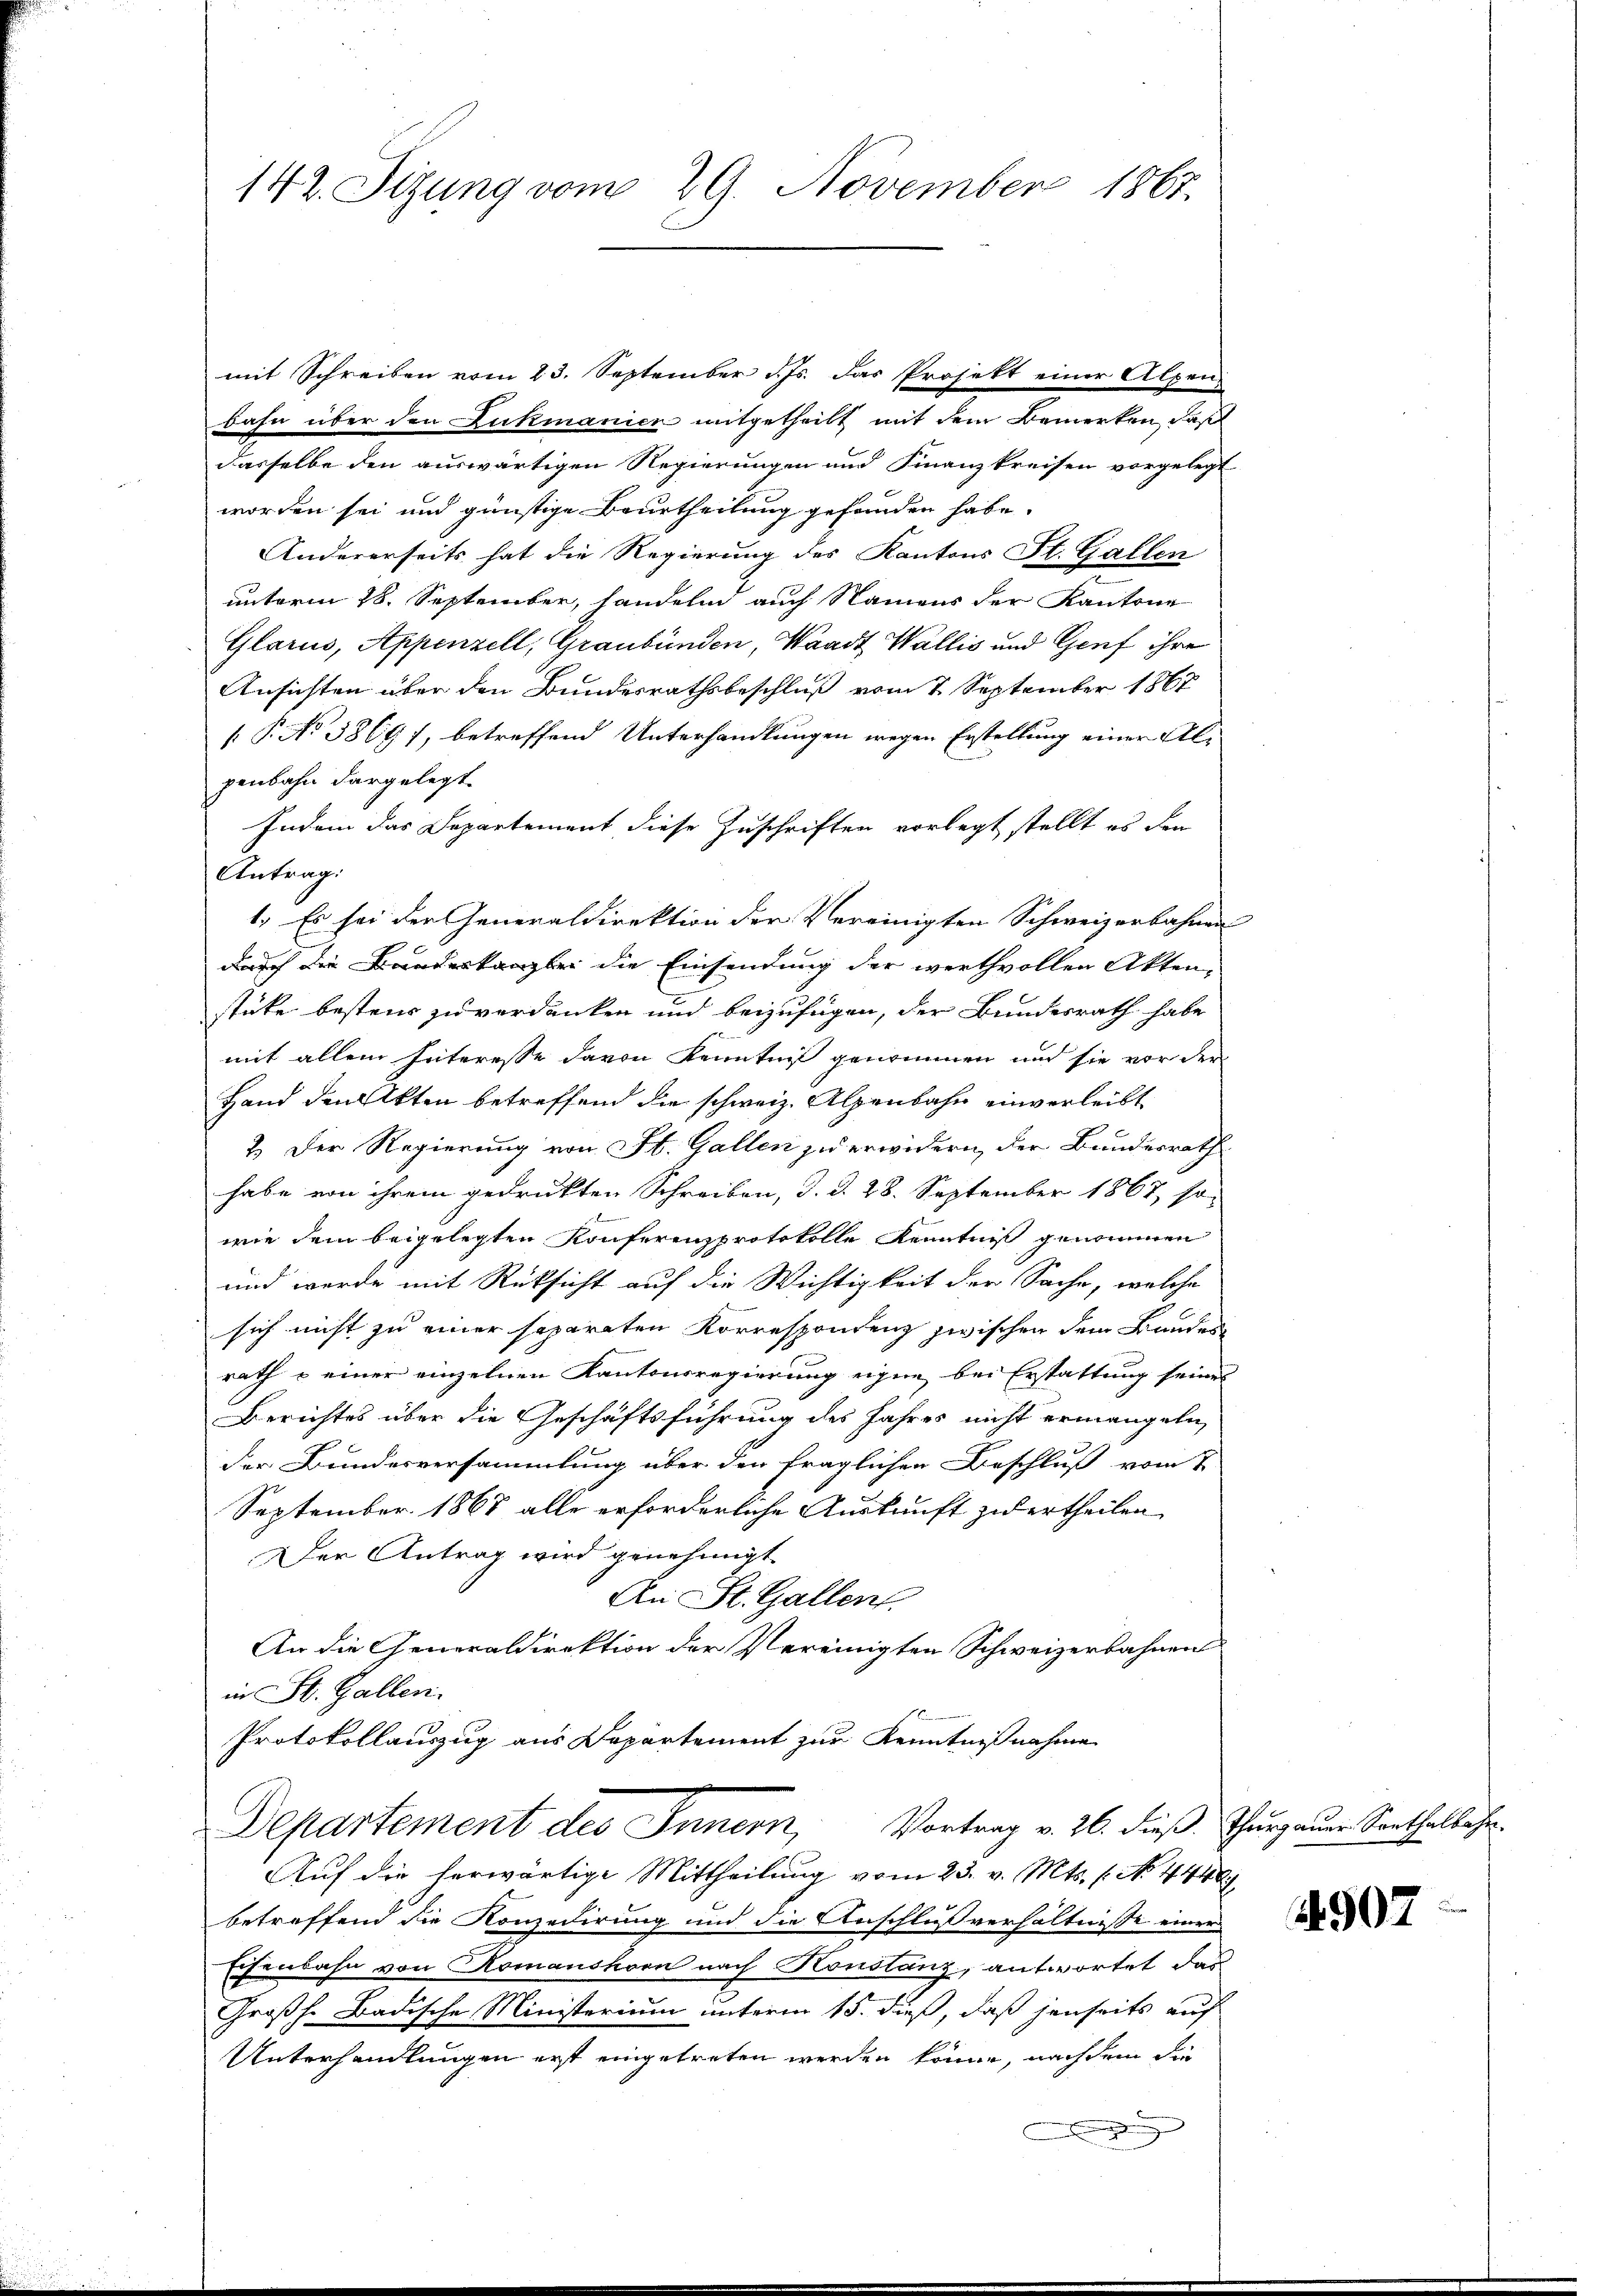
142. Sitzung vom 29. November 1867.

mit Schreiben vom 23. September d. Js. das Projekt einer Alpen-
bahn über den Zukmanien mitgetheilt mit dem Bemerken, daß
dasselbe den auswärtigen Regierungen und Finanzkreisen vorgelegt
worden sei und günstige Beurtheilung gefunden habe.
Andererseits hat die Regierung des Kantons St. Gallen
unterm 28. September, handelnd auch Namens der Kantone
Glarus, Appenzell, Graubünden, Waadt Wallis und Genf ihre
Ansichten über den Bundesrathsbeschluß vom 7. September 1862
[ P. No 3869), betreffend Unterhandlungen wegen Erstellung einer Alpenbahn dargelegt
Indem das Departement diese Zuschriften vorlegt stellt es den
Antrag:
1. Es sei der Generaldirektion der Vereinigten Schweizerbahnen
durch die Bandeskanzlei die Einsendung der werthvollen Akten,
stüke bestens zu verdanken und beizufügen, der Bundesrath habe
mit allem Interesse davon Kenntniß genommen und sie vor der
Hand den Akten betreffend die schweiz. Alpenbahn einverleibt
2.) Der Regierung von St. Gallen zu erwidern, der Bundesrath
habe von ihrem gedruckten Schreiben, d. d. 28. September 1867, so
wie dem beigelegten Konferenzprotokolle Kenntniß genommen
und werde mit Rüksicht auf die Wichtigkeit der Sache, welche
sich nicht zu einer separaten Korrespondenz zwischen dem Bundes
rath & einer einzelnen Kantonsregierung eigne bei Erstattung seines
Berichtes über die Geschäftsführung des Jahres nicht ermangeln,
der Bundesversammlung über den fraglichen Beschluß vom 1.
September 1868 alle erforderliche Auskunft zu ertheilen
Der Antrag wird genehmigt
An St. Gallen.
An die Generaldirektion der Vereinigten Schweizerbahnen
in St. Gallen.
Protokollauszug aus Departement zur Kenntnißnahme
Departement des Innern, Vortrag v. 26. dieß Thurgauer Sonthalbahn.
Auf die herwärtige Mittheilung vom 23. v. Mts. f. No. 444
betreffend die Konzedirung und die Anschlußverhältnisse einer
Eisenbahn von Komanshorn nach Konstanz, antwortet das
Großh. Badische Ministerium unterm 15. dieß, daß jenseits auf
Unterhandlungen erst eingetreten werden könne, nach dem die
.

1907